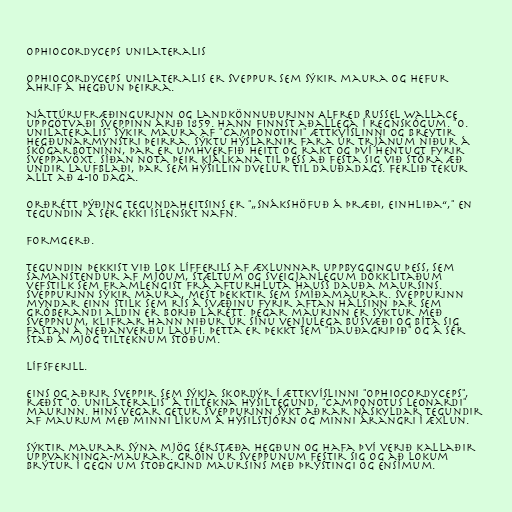
Ophiocordyceps unilateralis

Ophiocordyceps unilateralis er sveppur sem sýkir maura og hefur
áhrif á hegðun þeirra.

Náttúrufræðingurinn og landkönnuðurinn Alfred Russel Wallace
uppgötvaði sveppinn árið 1859. Hann finnst aðallega í regnskógum. "O.
unilateralis" sýkir maura af "Camponotini" ættkvíslinni og breytir
hegðunarmynstri þeirra. Sýktu hýslarnir fara úr trjánum niður á
skógarbotninn, þar er umhverfið heitt og rakt og því hentugt fyrir
sveppavöxt. Síðan nota þeir kjálkana til þess að festa sig við stóra æð
undir laufblaði, þar sem hýsillin dvelur til dauðadags. Ferlið tekur
allt að 4-10 daga.

Orðrétt þýðing tegundaheitsins er "„snákshöfuð á þræði, einhliða“," en
tegundin á sér ekki íslenskt nafn.

Formgerð.

Tegundin þekkist við lok lífferils af æxlunnar uppbyggingu þess, sem
samanstendur af mjóum, stæltum og sveigjanlegum dökklitaðum
vefstilk sem framlengist frá afturhluta hauss dauða maursins.
Sveppurinn sýkir maura, mest þekktir sem smíðamaurar. Sveppurinn
myndar einn stilk sem rís á svæðinu fyrir aftan hálsinn þar sem
gróberandi aldin er borið lárétt. Þegar maurinn er sýktur með
sveppnum, klifrar hann niður úr sínu venjulega búsvæði og bíta sig
fastan á neðanverðu laufi. Þetta er þekkt sem "dauðagripið" og á sér
stað á mjög tilteknum stöðum.

Lífsferill.

Eins og aðrir sveppir sem sýkja skordýr í ættkvíslinni "Ophiocordyceps",
ræðst "O. unilateralis" á tiltekna hýsiltegund, "Camponotus leonardi"
maurinn. Hins vegar getur sveppurinn sýkt aðrar náskyldar tegundir
af maurum með minni líkum á hýsilstjórn og minni árangri í æxlun.

Sýktir maurar sýna mjög sérstæða hegðun og hafa því verið kallaðir
uppvakninga-maurar. Gróin úr sveppunum festir sig og að lokum
brýtur í gegn um stoðgrind maursins með þrýstingi og ensímum.